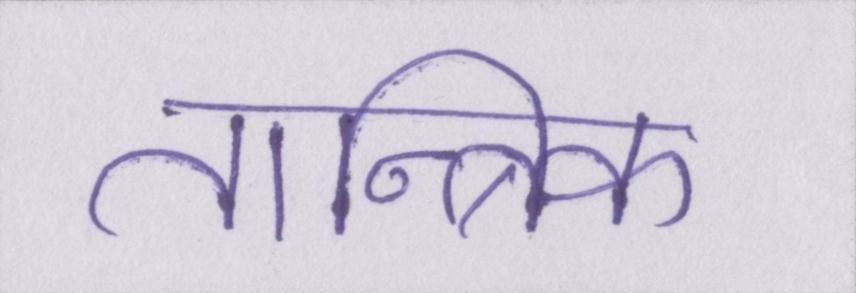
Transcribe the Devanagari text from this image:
तान्त्रिक